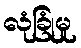
လုံခြုံမှု